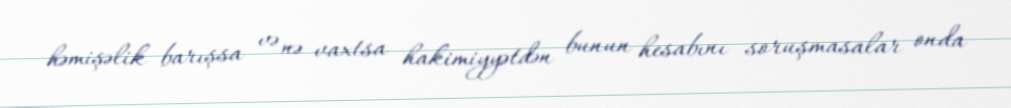
həmişəlik barışsa və nə vaxtsa hakimiyyətdən bunun hesabını soruşmasalar onda